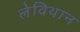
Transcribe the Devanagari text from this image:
लेविथान